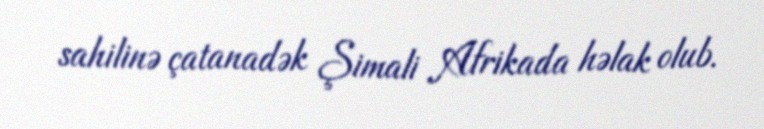
sahilinə çatanadək Şimali Afrikada həlak olub.